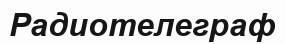
Радиотелеграф